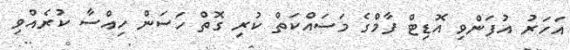
އަހަރު އުފަންވި އޮޑިޓް ފާމްގެ މަސައްކަތް ކުރި ގޮތް ހަސަން ހިއްސާ ކުރެއްވި